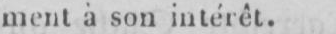
ment à son intérêt.